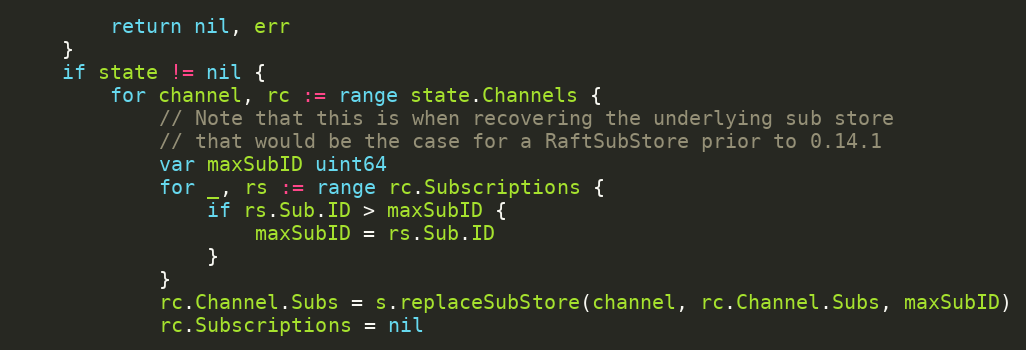
Language: Go
		return nil, err
	}
	if state != nil {
		for channel, rc := range state.Channels {
			// Note that this is when recovering the underlying sub store
			// that would be the case for a RaftSubStore prior to 0.14.1
			var maxSubID uint64
			for _, rs := range rc.Subscriptions {
				if rs.Sub.ID > maxSubID {
					maxSubID = rs.Sub.ID
				}
			}
			rc.Channel.Subs = s.replaceSubStore(channel, rc.Channel.Subs, maxSubID)
			rc.Subscriptions = nil